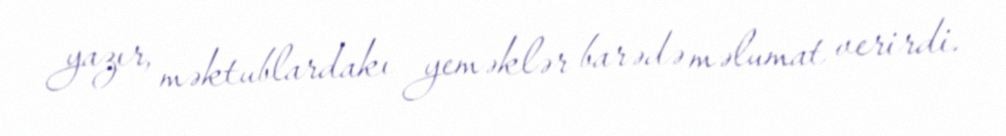
yazır, məktublardakı yeməklər barədə məlumat verirdi.